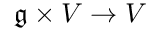
{ \mathfrak { g } } \times V \to V